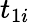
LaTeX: t_{1i}